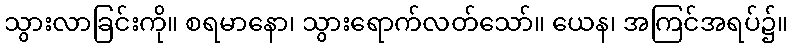
သွားလာခြင်းကို။ စရမာနော၊ သွားရောက်လတ်သော်။ ယေန၊ အကြင်အရပ်၌။